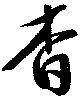
杳